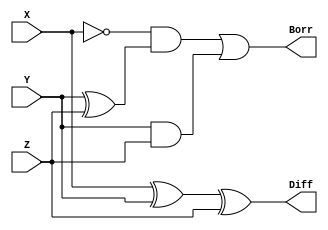
`timescale 1ns / 1ps
//////////////////////////////////////////////////////////////////////////////////
// Company: 
// Engineer: 
// 
// Design Name: 
// Module Name:    full_sub 
// Project Name: 
// Target Devices: 
// Tool versions: 
// Description: 
//
// Dependencies: 
//
// Revision: 
// Revision 0.01 - File Created
// Additional Comments: 
//
//////////////////////////////////////////////////////////////////////////////////
module full_sub(X,Y,Z,Diff,Borr);
output Diff, Borr;
 input X, Y, Z;
assign Diff = X ^ Y ^ Z;
assign Borr = ~X & (Y^Z) | Y & Z;
endmodule